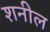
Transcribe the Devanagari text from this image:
शनील